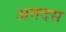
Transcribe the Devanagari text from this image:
अनदस